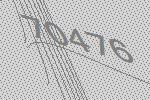
70476